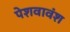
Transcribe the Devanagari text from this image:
पेशवावंश